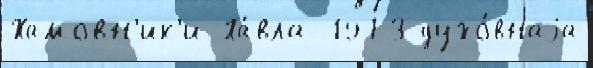
Хамовн'ик'и Па́вла 1973 духо́внаjа